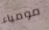
مومياء